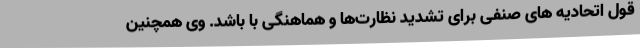
قول اتحادیه های صنفی برای تشدید نظارت‌ها و هماهنگی با باشد. وی همچنین